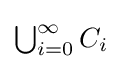
{\textstyle \bigcup _{i=0}^{\infty }C_{i}}